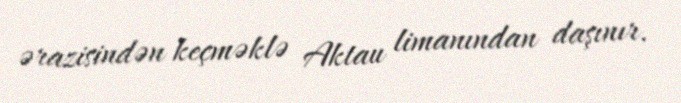
ərazisindən keçməklə Aktau limanından daşınır.